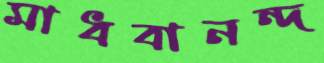
মাধবানন্দ